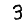
Digit: 3